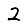
Digit: 2